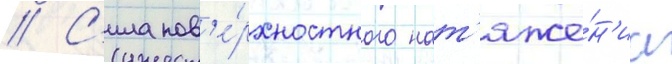
// С'ила пов'е́рхностного нат'яже́н'иа